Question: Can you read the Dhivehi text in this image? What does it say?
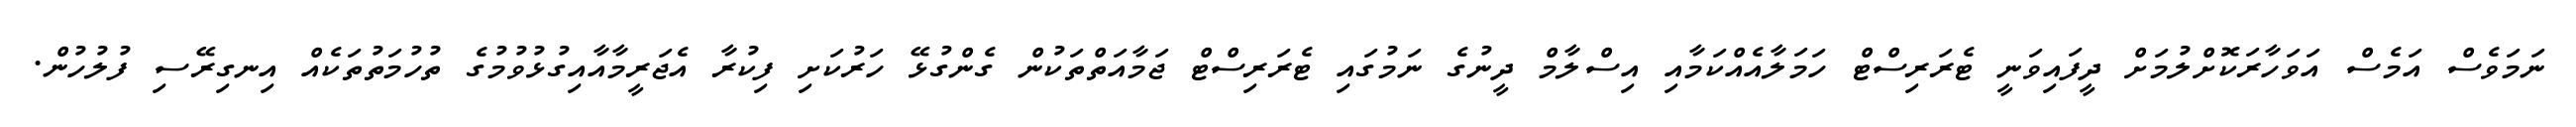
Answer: ނަމަވެސް އަމެސް އަވަހާރަކޮށްލުމަށް ދީފައިވަނީ ޓެރަރިސްޓް ހަމަލާއެއްކަމާއި އިސްލާމް ދީނުގެ ނަމުގައި ޓެރަރިސްޓް ޖަމާއަތްތަކުން ގެންގުޅޭ ހަރުކަށި ފިކުރާ އެޖަރީމާއާއިގުޅުވުމުގެ ތުހުމަތުތަކެއް އިނގިރޭސި ފުލުހުން.